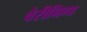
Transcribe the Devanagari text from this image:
वेरीनिग्ड